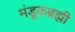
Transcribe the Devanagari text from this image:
मंडूकब्रह्मी